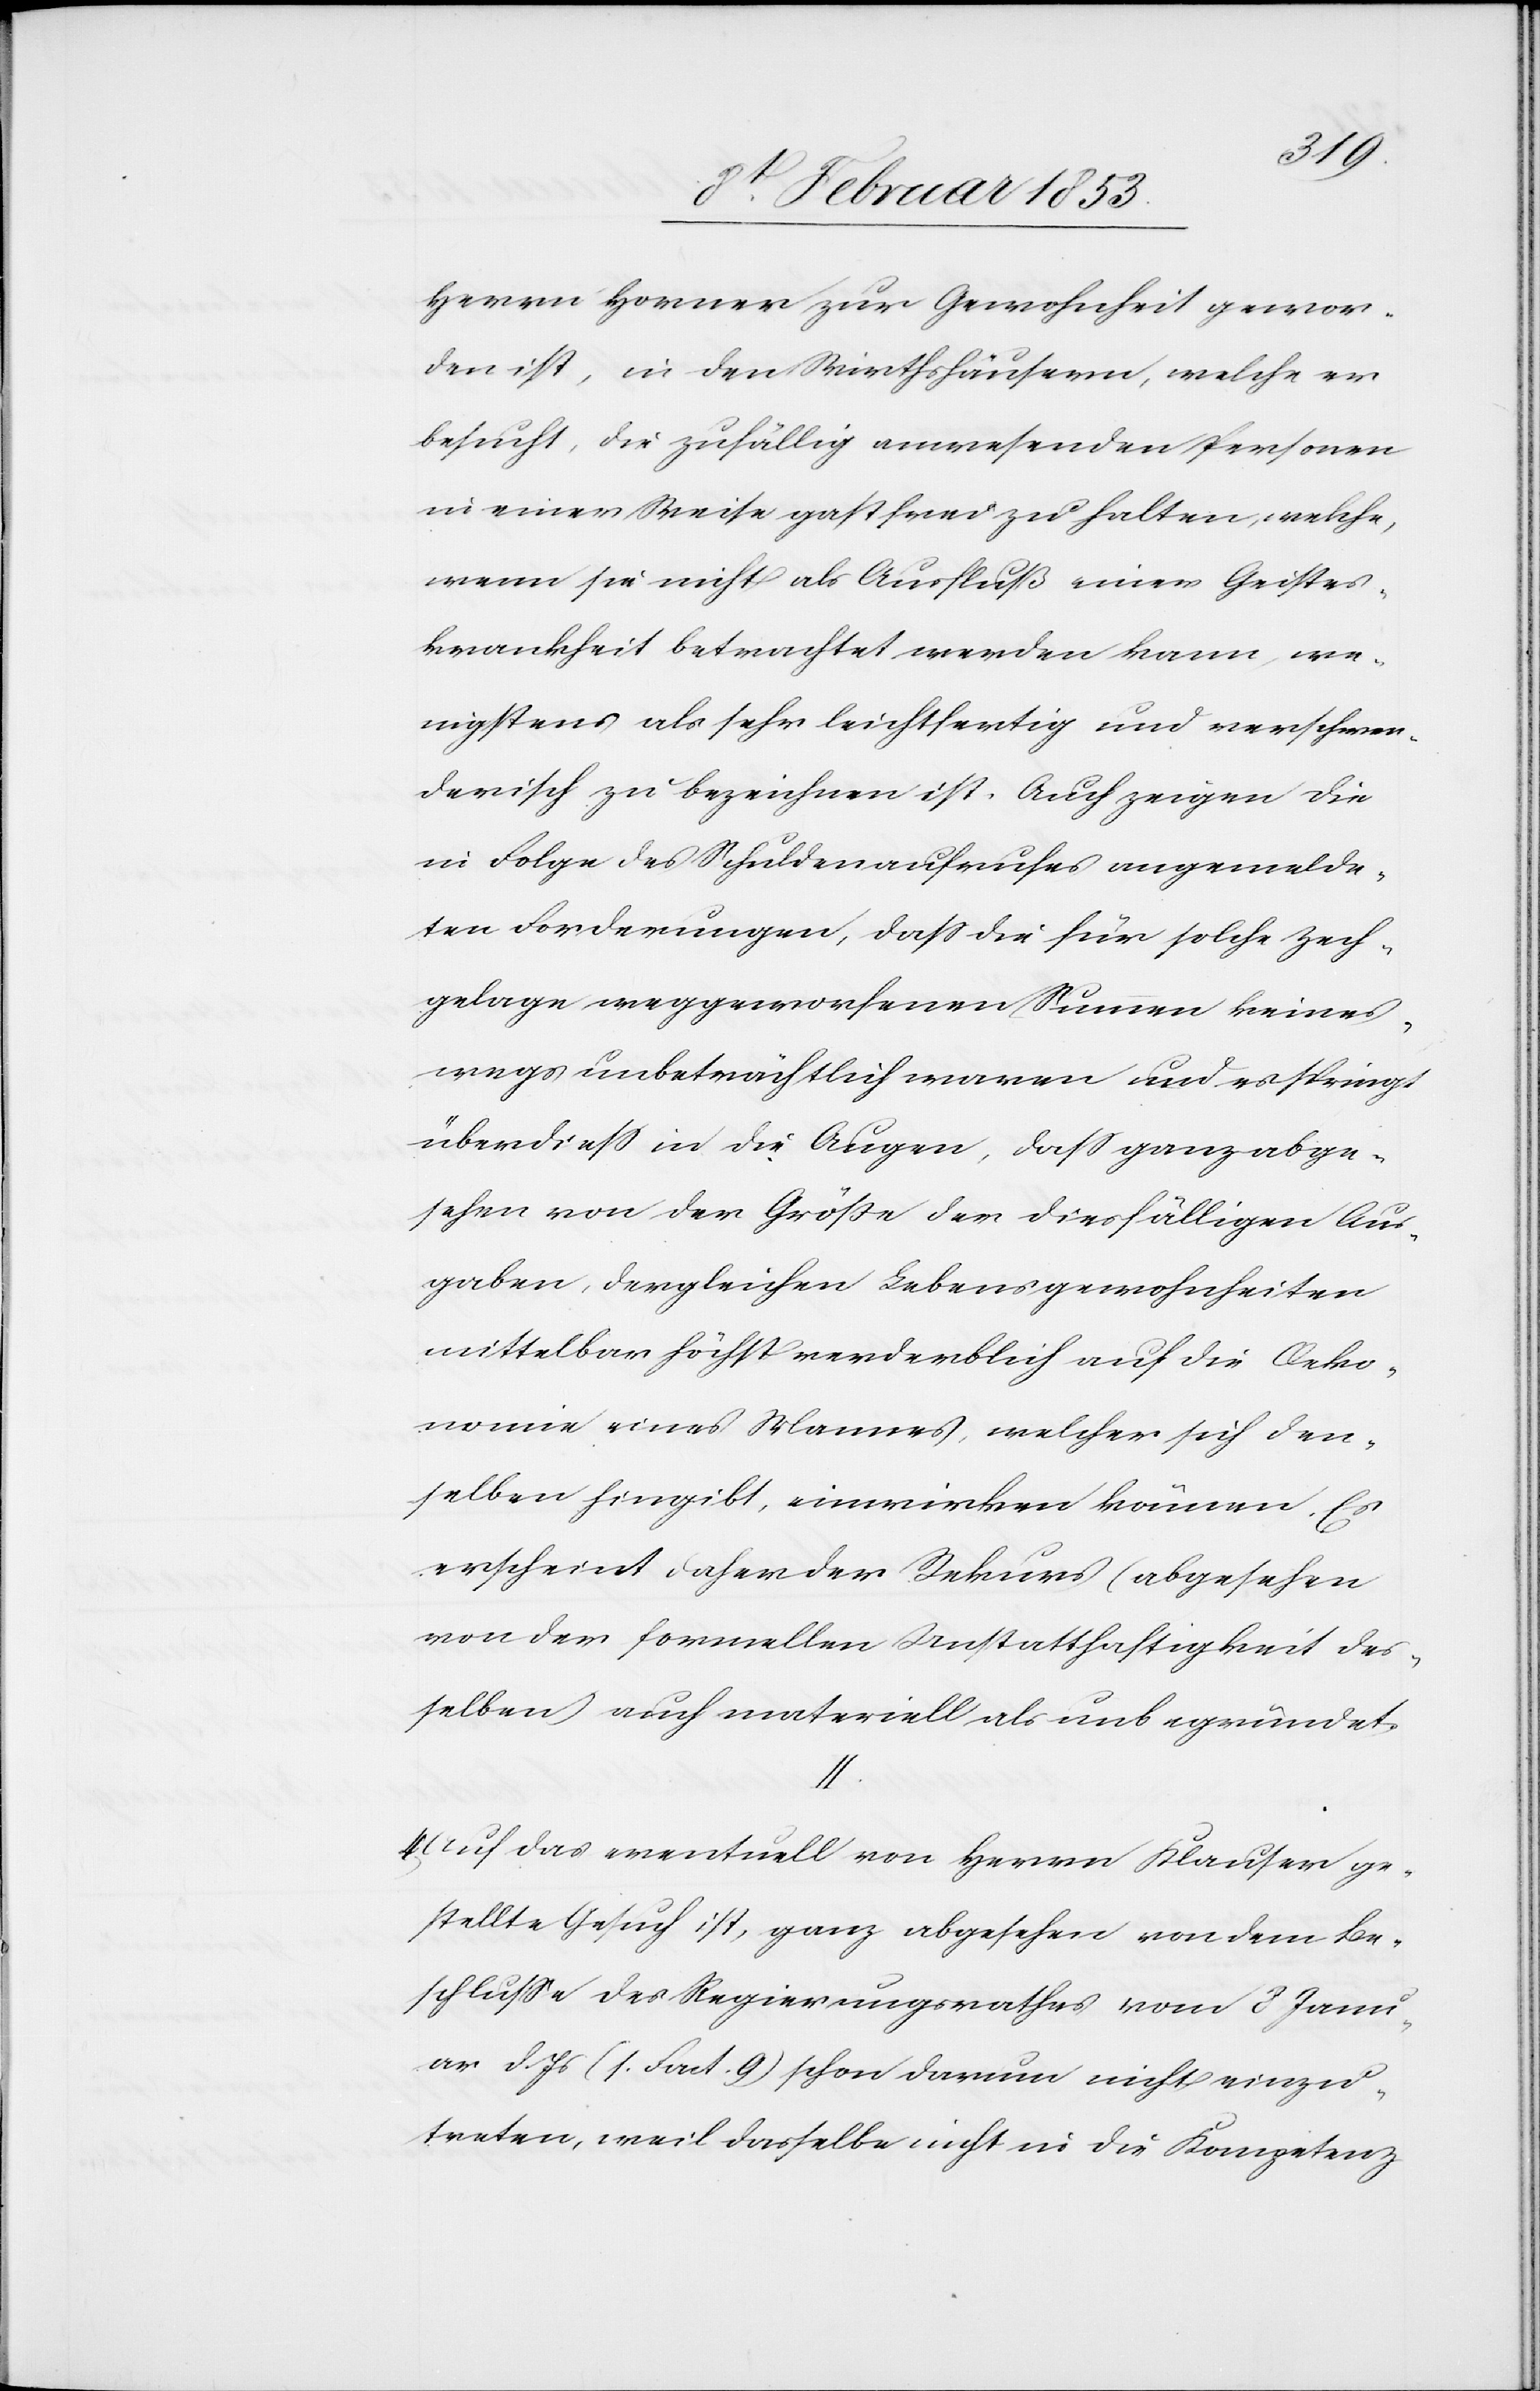
Herrn Horner zur Gewohnheit gewor¬
den ist, in den Wirthshäusern, welche er
besucht, die zufällig anwesenden Personen
in einer Weise gastfrei zu halten, welche,
wenn sie nicht als Ausfluß einer Geistes¬
krankheit betrachtet werden kann, we¬
nigstens als sehr leichtfertig und verschwen¬
derisch zu bezeichnen ist. Auch zeigen die
in Folge des Schuldenaufrufes angemelde¬
ten Forderungen, daß die für solche Zech¬
gelage weggeworfenen Summen keines¬
wegs unbeträchtlich waren und es springt
überdieß in die Augen, daß ganz abge¬
sehen von der Größe der diesfälligen Aus¬
gaben, dergleichen Lebensgewohnheiten
mittelbar höchst verderblich auf die Oeko¬
nomie eines Mannes, welcher sich den¬
selben hingibt, einwirken können. Es
erscheint daher der Rekurs (abgesehen
von der formellen Unstatthaftigkeit der¬
selben) auch materiell als unbegründet.
4,
Auf das eventuell von Herrn Klauser ge¬
stellte Gesuch ist, ganz abgesehen von dem Be¬
schluße des Regierungsrathes vom 8 Janu¬
ar d. Js. (s. Fact. 9) schon darum nicht einzu¬
treten, weil dasselbe nicht in die Kompetenz